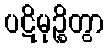
ပဋိမုဉ္စိတွာ